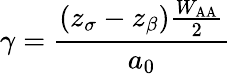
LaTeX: \gamma={\frac{\left(z_{\sigma}-z_{\beta}\right){\frac{W_{\mathrm{AA}}}{2}}}{a_{0}}}